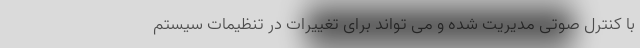
با کنترل صوتی مدیریت شده و می تواند برای تغییرات در تنظیمات سیستم